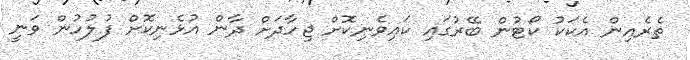
ތެރެއިން އެކަކު ކޯޓުން ބޭރުގައި ކައިވެނިކޮށް ޖިހާދަށް ދާން އުޅެނިކޮށް ފުލުހުން ވަނީ